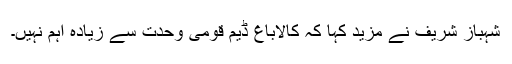
شہباز شریف نے مزید کہا کہ کالاباغ ڈیم قومی وحدت سے زیادہ اہم نہیں۔